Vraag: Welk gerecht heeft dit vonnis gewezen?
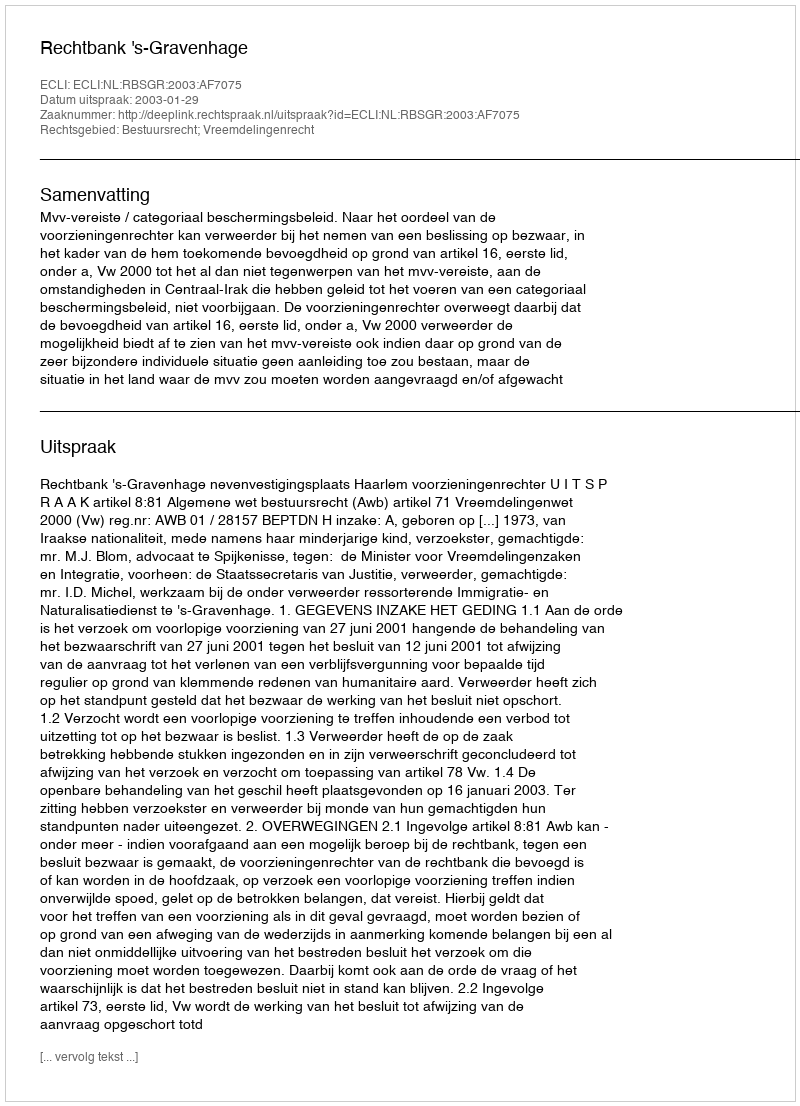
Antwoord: Rechtbank 's-Gravenhage